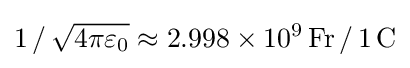
{1}\,/\,{\sqrt {4\pi \varepsilon _{0}}}\approx {2.998\times 10^{9}\,\mathrm {Fr} }\,/\,{1\,\mathrm {C} }